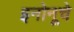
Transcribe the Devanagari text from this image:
इनोनूचे